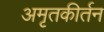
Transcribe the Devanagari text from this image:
अमृतकीर्तन